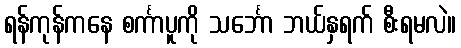
ရန်ကုန်ကနေ စင်္ကာပူကို သင်္ဘော ဘယ်နှရက် စီးရမလဲ။